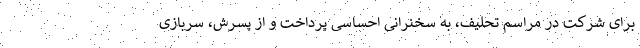
برای شرکت در مراسم تحلیف، به سخنرانی احساسی پرداخت و از پسرش، سربازی